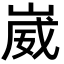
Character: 崴